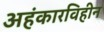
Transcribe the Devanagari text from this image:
अहंकारविहीन